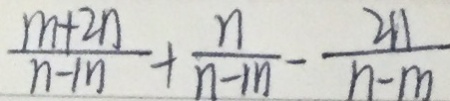
\frac { m + 2 n } { n - m } + \frac { n } { n - m } - \frac { 2 n } { n - m }